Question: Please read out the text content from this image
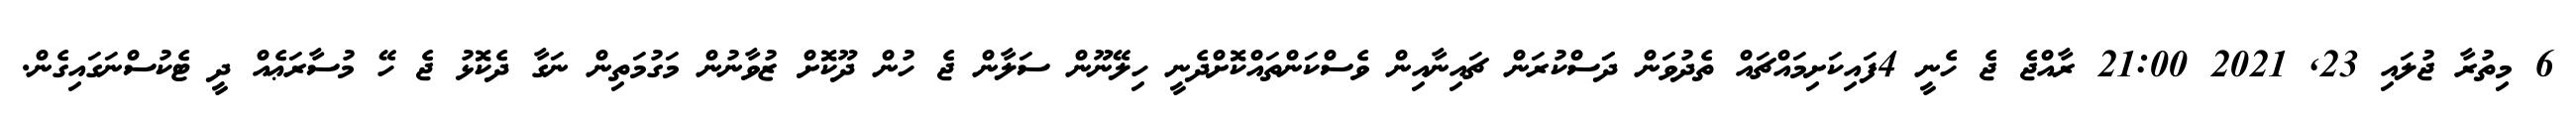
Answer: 6 މިތުރާ ޖުލައި 23, 2021 21:00 ރާއްޖެ ޖެ ހެނީ 4ފައިކަށިމައްޗައް ތެދުވަން ދަަސްކުރަން ޗައިނާއިން ވެސްކަންތައްކޮށްދެނީ ހިލޭނޫން ސަލާން ޖެ ހުން ދޫކޮށް ޒުވާނުން މަގުމަތިން ނަގާ ދެކޮޅު ޖެ ހޭ މުސާރަޢެއް ދީ ޓެކުސްނަގައިގެން.